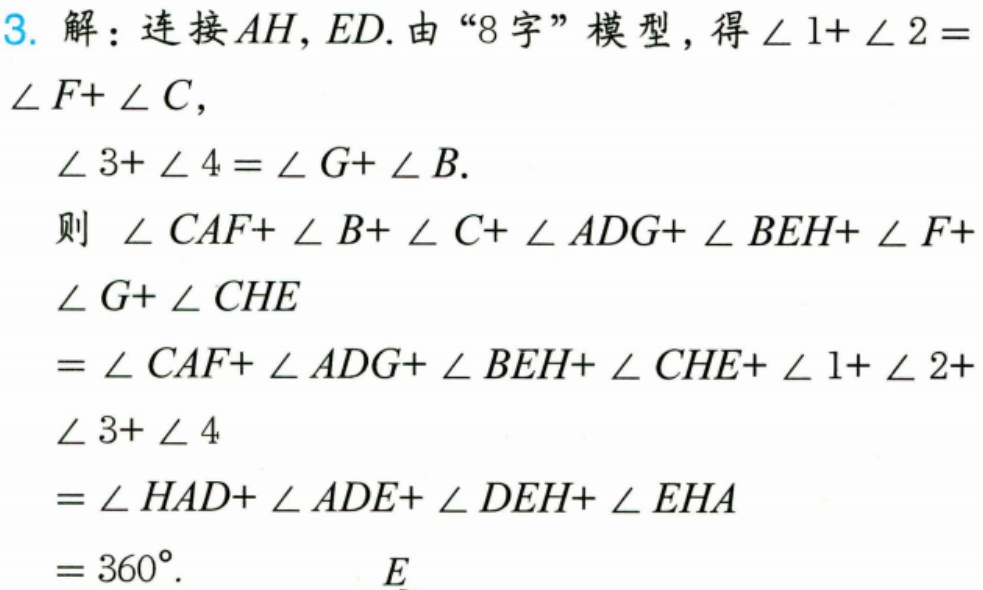
3. 解：连接\(AH,ED\). 由“8字”模型，得\(\angle 1+\angle 2 = \angle F+\angle C\)，
\(\angle 3+\angle 4=\angle G+\angle B\).
则 \(\angle CAF+\angle B+\angle C+\angle ADG+\angle BEH+\angle F+\)
\(\angle G+\angle CHE\)
\(=\angle CAF+\angle ADG+\angle BEH+\angle CHE+\angle 1+\angle 2+\)
\(\angle 3+\angle 4\)
\(=\angle HAD+\angle ADE+\angle DEH+\angle EHA\)
\( = 360^{\circ}\).
\(E\)